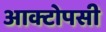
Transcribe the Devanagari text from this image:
आक्टोपसी